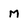
Character: M